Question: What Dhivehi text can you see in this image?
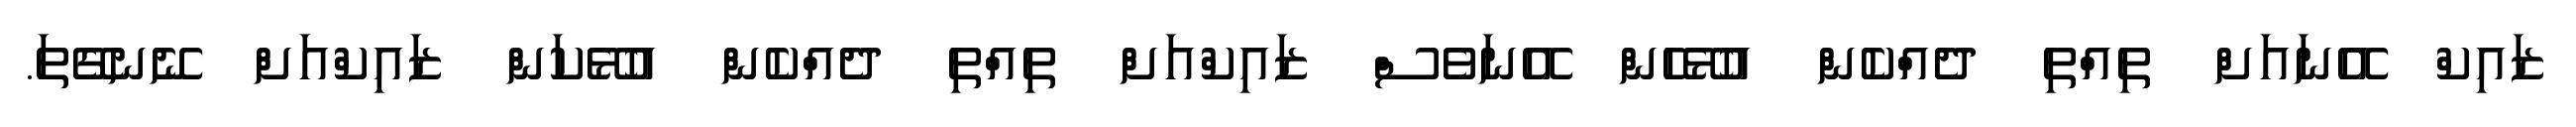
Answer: ޒައިކް އޭނައަށް ތިއްތި ދެއްކެން އުޅޭހެން އޭނަވެސް ޒައިކްއަށް ތިއްތި ދެއްކެން އުޅޭކަން ޒައިކްއަށް ނޭނގޭތަ.